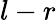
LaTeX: l-r